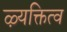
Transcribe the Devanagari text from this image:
ऴ्यक्तित्व